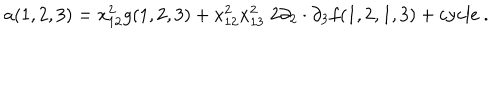
a ( 1 , 2 , 3 ) = x _ { 1 2 } ^ { 2 } g ( 1 , 2 , 3 ) + x _ { 1 2 } ^ { 2 } x _ { 1 3 } ^ { 2 } \; 2 \partial _ { 2 } \cdot \partial _ { 3 } f ( 1 , 2 , 1 , 3 ) + \mathrm { c y c l e } \ .